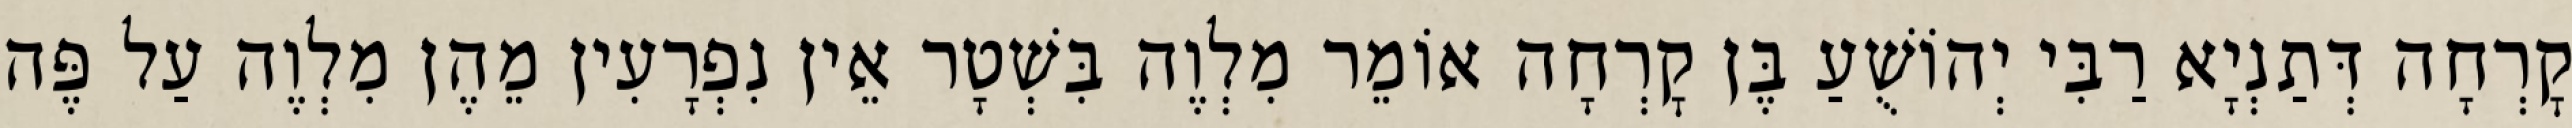
קׇרְחָה דְּתַנְיָא רַבִּי יְהוֹשֻׁעַ בֶּן קׇרְחָה אוֹמֵר מִלְוֶה בִּשְׁטָר אֵין נִפְרָעִין מֵהֶן מִלְוֶה עַל פֶּה